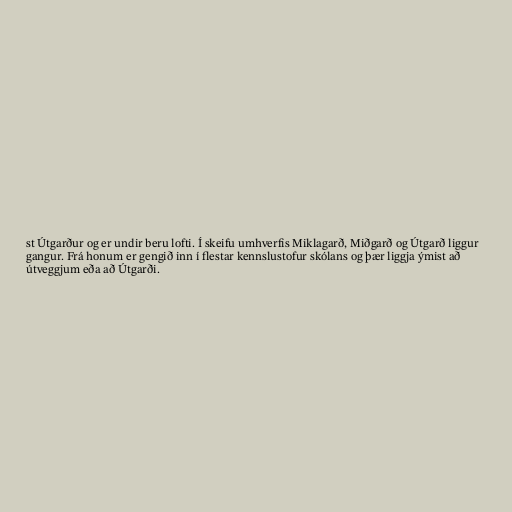
st Útgarður og er undir beru lofti. Í skeifu umhverfis Miklagarð, Miðgarð og Útgarð liggur
gangur. Frá honum er gengið inn í flestar kennslustofur skólans og þær liggja ýmist að
útveggjum eða að Útgarði.